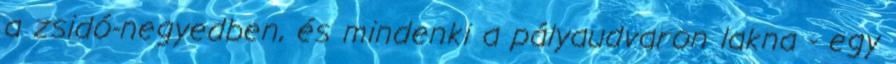
a zsidó-negyedben, és mindenki a pályaudvaron lakna - egy